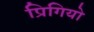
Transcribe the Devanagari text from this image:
प्रिगियो